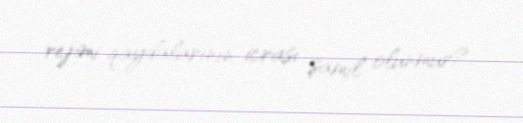
rejimi qaydalarının icrası şamil olunmur?.